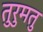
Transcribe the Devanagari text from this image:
तुरुमतु